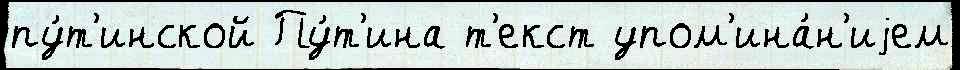
пу́т'инской Пу́т'ина т'екст упом'ина́н'иjем